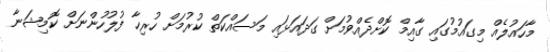
މާހައުލެއް މިގައުމުގައި ގާއިމް ކޮށްދެއްވުމަށް ގަދައަޅައި މަސައްކަތް ކުރުމަށް ހުރިހާ ފުލުހުންނަށް ކޮމިޝަނާ